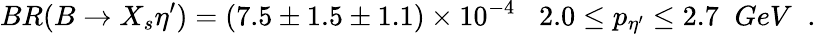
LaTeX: BR(B\to X_{s}\eta^{\prime})=(7.5\pm 1.5\pm 1.1)\times 10^{-4}\; \; \; 2.0\le p_{\eta^{\prime}}\le 2.7\; \; GeV\; \; .